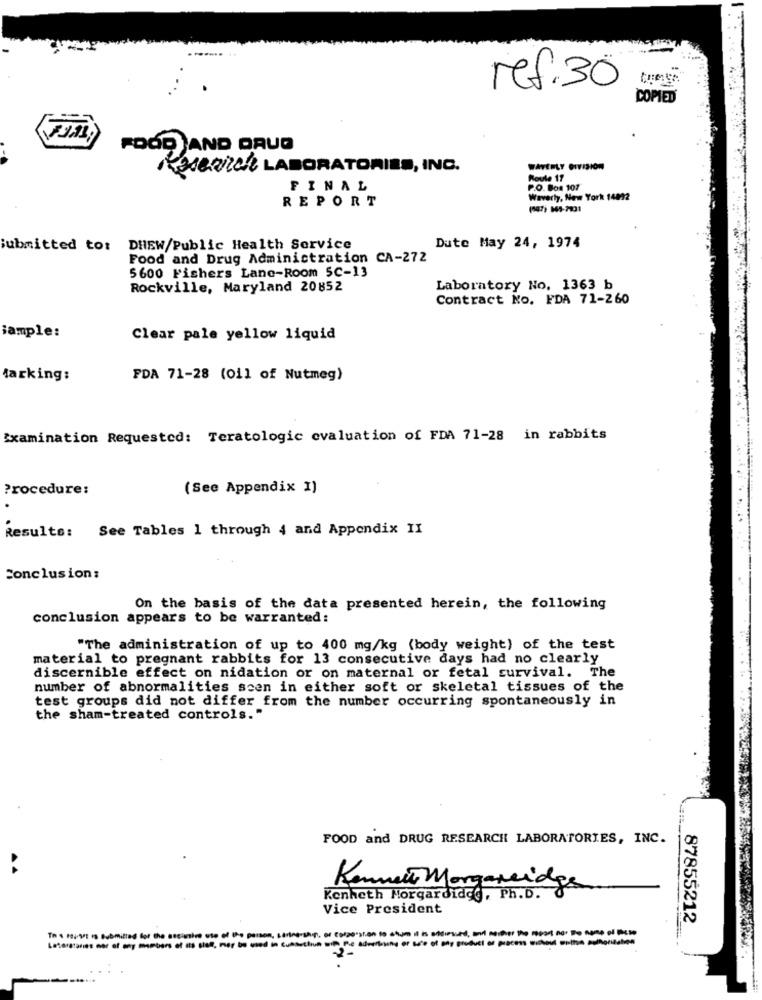
ref.30
tunge
COPIED
FOOD AND DRUG
Research LABORATORIES, INC.
WATERLY DIVISION
Roule 17
FINAL
P.O. Boa 101
REPORT
Waverly, New York 14092
Submitted to: DHEW/Public Health Service
Dute May 24, 1974
Food and Drug Administration CA-272
5600 Fishers Lanc-Room 5C-13
Rockville, Maryland 20852
Laboratory No. 1363 b
Contract No. FDA 71-260
iample:
Clear pale yellow liquid
Marking:
FDA 71-28 (011 of Nutmeg)
Examination Requested: Teratologic evaluation of FDA 71-28 in rabbits
Procedure:
(See Appendix I)
Results:
See Tables 1 through 4 and Appendix II
Conclusion:
On the basis of the data presented herein, the following
conclusion appears to be warranted:
"The administration of up to 400 mg/kg (body weight) of the test
material to pregnant rabbits for 13 consecutive days had no clearly
discernible effect on nidation or on maternal or fetal survival. The
number of abnormalities seen in either soft or skeletal tissues of the
test groups did not differ from the number occurring spontaneously in
the sham-treated controls."
FOOD and DRUG RESEARCH LABORATORIES, INC.
Kennett Margareides
Kenneth Morgardide ., Ph.D.
Vice President
87855212
Laserataries mor of any members of its sist, mer be used
Th . touset Is Submitted for the oscinin ute of the parse
wit the advertising or to'e of pop product of process without witha pullionization